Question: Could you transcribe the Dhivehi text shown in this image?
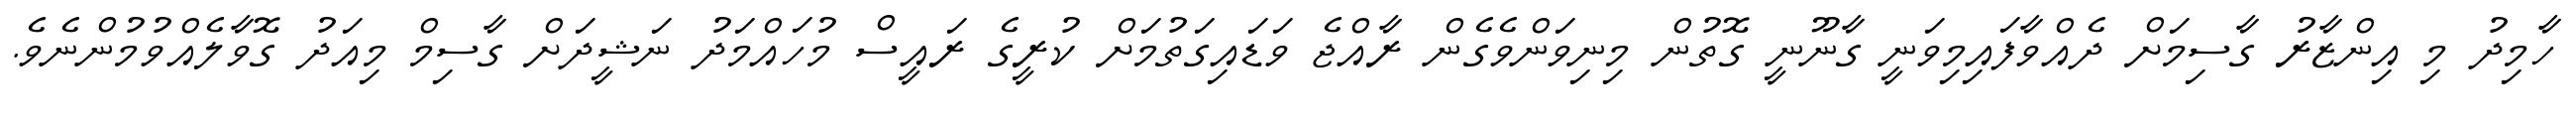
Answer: ހާމިދު މި އިންޒާރު ގާސިމަށް ދެއްވާފައިމިވަނީ ގާނޫނީ ގޮތުން މިނިވަންވެގެން ރާއްޖެ ވަޑައިގަތުމަށް ކުރީގެ ރައީސް މުހައްމަދު ނަޝީދަށް ގާސިމް މިއަދު ގޮވާލެއްވުމުންނެވެ.